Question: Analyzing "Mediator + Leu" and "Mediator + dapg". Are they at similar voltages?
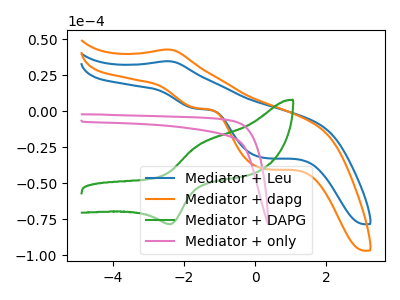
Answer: <think>The blue curve "Mediator + Leu" has an anodic peak at (-2.45V, 34.70uA) and cathodic peaks at (-1.65V, 1.75uA) (0.25V, -32.40uA). The orange curve "Mediator + dapg" has an anodic peak at (-2.45V, 42.85uA) and cathodic peaks at (-1.65V, 2.15uA) (0.25V, -40.00uA). The green curve "Mediator + DAPG" has an anodic peak at (-1.60V, -23.40uA) and a cathodic peak at (-2.35V, -78.30uA). The pink curve "Mediator + only" has no peaks.
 All the peaks in "Mediator + Leu" have a peak in "Mediator + dapg" at the same potential.</think>
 <answer>"Mediator + Leu" and "Mediator + dapg" are similar in shape.</answer>
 <eval>same_shape</eval>